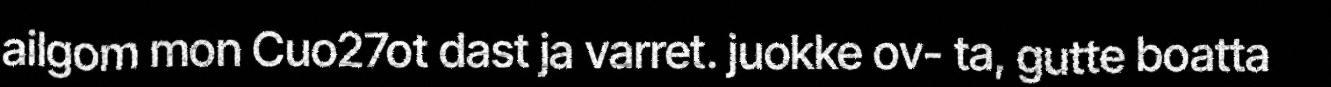
ailgom mon Cuo27ot dast ja varret. juokke ov- ta, gutte boatta